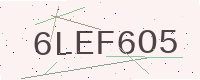
Text: 6LEF6O5